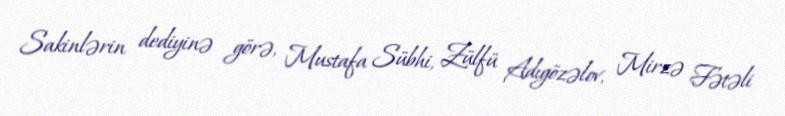
Sakinlərin dediyinə görə, Mustafa Sübhi, Zülfü Adıgözəlov, Mirzə Fətəli